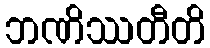
ဘဏိဿတီတိ